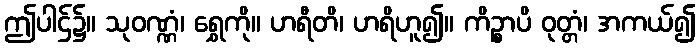
ဤပါဌ်၌။ သုဝဏ္ဏံ၊ ရွှေကို။ ဟရီတိ၊ ဟရိဟူ၍။ ကိဉ္စာပိ ဝုတ္တံ၊ အကယ်၍